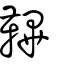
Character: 鞸